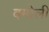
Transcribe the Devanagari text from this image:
बमोली